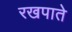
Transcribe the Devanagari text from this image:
रखपाते